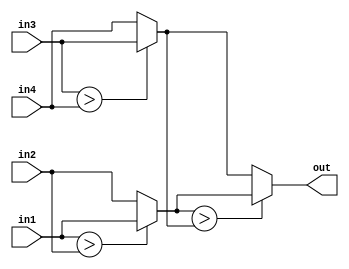
`timescale 1ns / 1ps
//////////////////////////////////////////////////////////////////////////////////
// Company: 
// Engineer: 
// 
// Design Name: 
// Module Name:    poolingfilter 
// Project Name: 
// Target Devices: 
// Tool versions: 
// Description: 
//
// Dependencies: 
//
// Revision: 
// Revision 0.01 - File Created
// Additional Comments: 
//
//////////////////////////////////////////////////////////////////////////////////
module poolingfilter(in1,in2,in3,in4,out);
	 
	input [7:0] in1;
	input [7:0] in2;
	input [7:0] in3;
	input [7:0] in4;
	output [7:0] out;
	reg [7:0] tmp1;
	reg [7:0] tmp2;
	
	always @(*)
	begin
		if (in1 > in2 )
			tmp1 = in1;
		else
			tmp1 = in2;
		if (in3 > in4)
			tmp2 = in3;
		else
			tmp2 = in4;
	end
	
	assign out = (tmp1>tmp2)?tmp1:tmp2;

endmodule